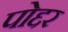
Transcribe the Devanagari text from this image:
पोद्दर